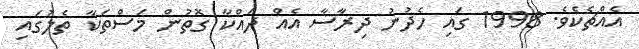
އެއްޗެކެވެ. 1998 ގައި ހެދުނު ދިރާސާ އެއް ދައްކާ ގޮތުން މަސްތަކާ ތެލުގައި